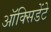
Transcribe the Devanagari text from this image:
ऑक्सिडेंटे